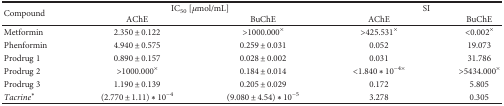
<table><thead><tr><td rowspan="2"><b>Compound</b></td><td colspan="2"><b>IC<sub>50</sub> [<i>μ</i>mol/mL]</b></td><td colspan="2"><b>SI</b></td></tr><tr><td><b>AChE</b></td><td><b>BuChE</b></td><td><b>AChE</b></td><td><b>BuChE</b></td></tr></thead><tbody><tr><td>Metformin</td><td>2.350 ± 0.122</td><td>&gt;1000.000<sup>×</sup></td><td>&gt;425.531<sup>×</sup></td><td>&lt;0.002<sup>×</sup></td></tr><tr><td>Phenformin</td><td>4.940 ± 0.575</td><td>0.259 ± 0.031</td><td>0.052</td><td>19.073</td></tr><tr><td>Prodrug 1</td><td>0.890 ± 0.157</td><td>0.028 ± 0.002</td><td>0.031</td><td>31.786</td></tr><tr><td>Prodrug 2</td><td>&gt;1000.000<sup>×</sup></td><td>0.184 ± 0.014</td><td>&lt;1.840∗10<sup>−4</sup><sup>×</sup></td><td>&gt;5434.000<sup>×</sup></td></tr><tr><td>Prodrug 3</td><td>1.190 ± 0.139</td><td>0.205 ± 0.029</td><td>0.172</td><td>5.805</td></tr><tr><td><i>Tacrine</i><sup>∗</sup></td><td>(2.770 ± 1.11)∗10<sup>−4</sup></td><td>(9.080 ± 4.54)∗10<sup>−5</sup></td><td>3.278</td><td>0.305</td></tr></tbody></table>